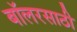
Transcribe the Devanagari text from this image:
बॉलरसाठी